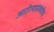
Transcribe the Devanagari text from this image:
आरोग्यासंबंधीचा